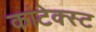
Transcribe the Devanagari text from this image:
कांटेक्स्ट